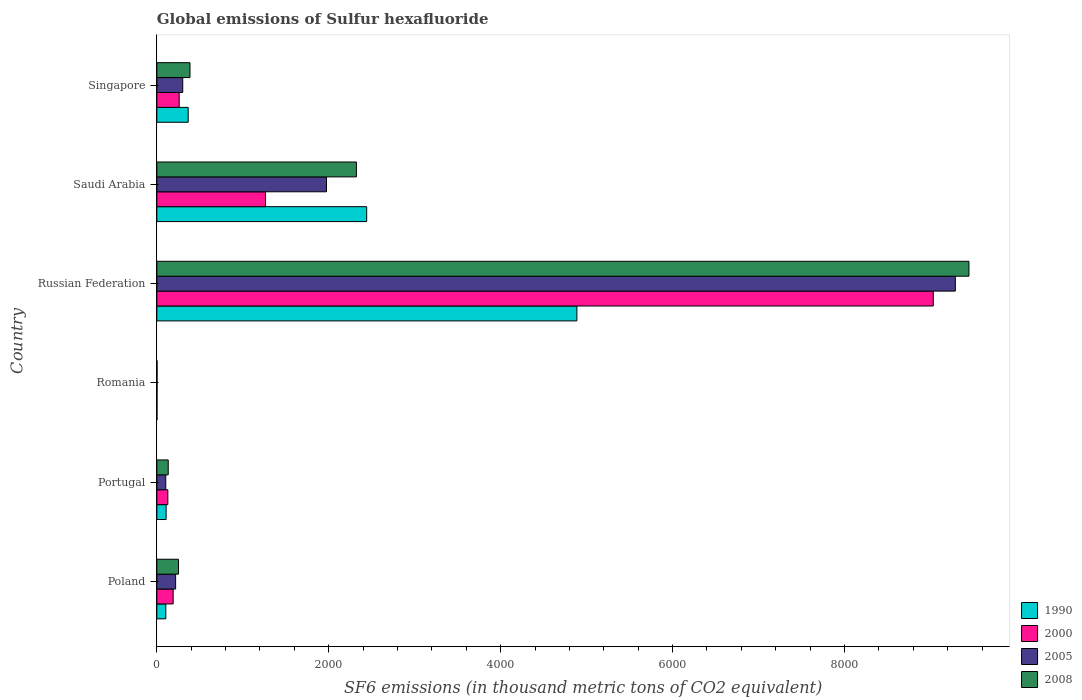
| Country | 1990 | 2000 | 2005 | 2008 |
 | --- | --- | --- | --- | --- |
 | Poland | 104 | 190 | 218 | 252 |
 | Portugal | 108 | 128 | 104 | 132 |
 | Romania | 1.6 | 2 | 2.2 | 2.3 |
 | Russian Federation | 4.89e+03 | 9.03e+03 | 9.29e+03 | 9.45e+03 |
 | Saudi Arabia | 2.44e+03 | 1.26e+03 | 1.97e+03 | 2.32e+03 |
 | Singapore | 365 | 260 | 301 | 386 |